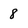
Character: 8